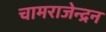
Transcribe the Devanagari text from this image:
चामराजेन्द्रन